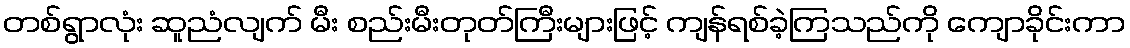
တစ်ရွာလုံး ဆူညံလျက် မီး စည်းမီးတုတ်ကြီးများဖြင့် ကျန်ရစ်ခဲ့ကြသည်ကို ကျောခိုင်းကာ